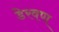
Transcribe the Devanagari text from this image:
डेरवण